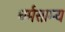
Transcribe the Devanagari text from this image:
धर्मसाम्य